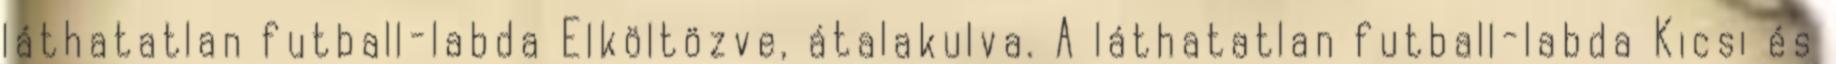
láthatatlan futball-labda Elköltözve, átalakulva. A láthatatlan futball-labda Kicsi és